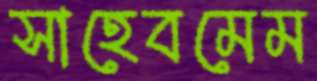
সাহেবমেম